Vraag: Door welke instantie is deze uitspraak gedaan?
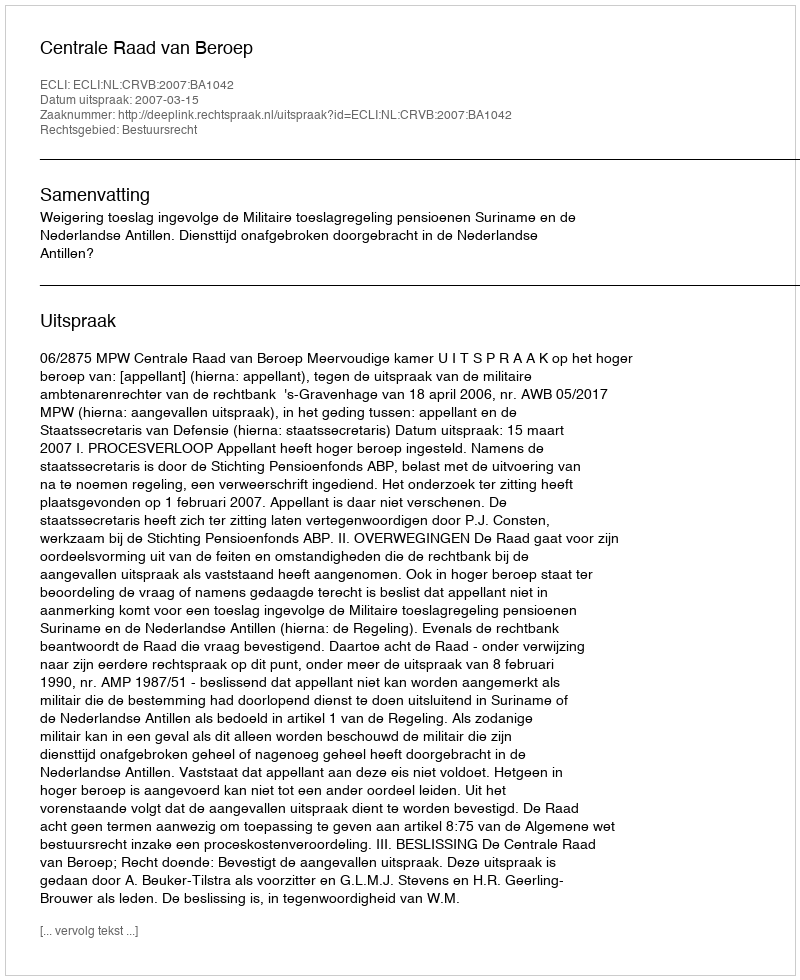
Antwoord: Centrale Raad van Beroep